Vaccination report Assam 1896-1927 - 1896-1927
Year: 1896
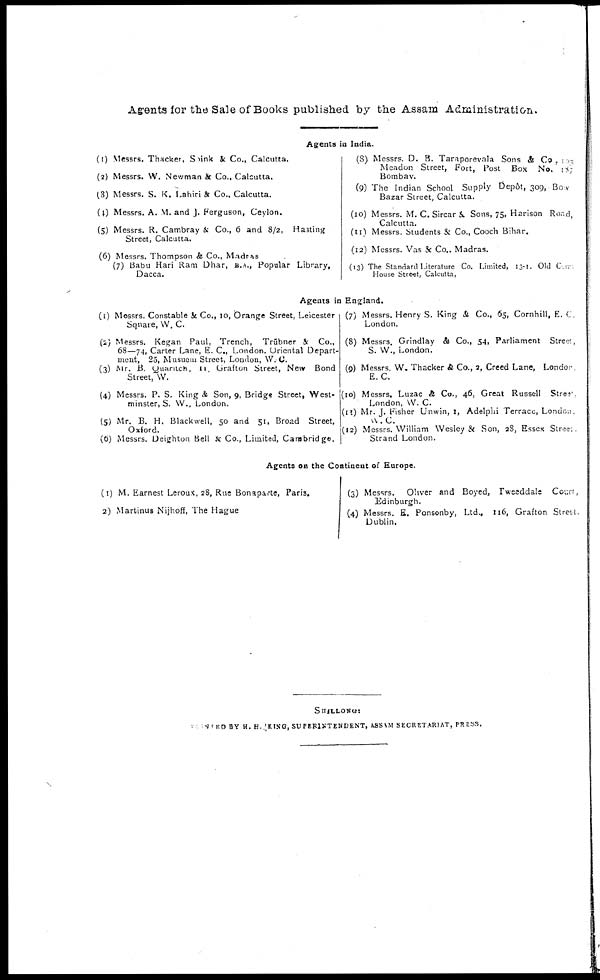
Agents for the Sale of Books published by the Assam Administration.
Agents in India.
(1) Messrs. Thacker, Soink & Co., Calcutta.
(2) Messrs. W. Newman & Co., Calcutta.
(3) Messrs. S. K. Lahiri & Co., Calcutta.
(4) Messrs. A. M. and J. Ferguson, Ceylon.
(5) Messrs. R. Cambray & Co., 6 and 8/2, Hasting
Street, Calcutta.
(6) Messrs. Thompson & Co., Madras
(7) Babu Hari Ram Dhar, B.A., Popular Library,
Dacca.
(8) Messrs. D. B. Taraporevala Sons & Co., 103
Meadon Street, Fort, Post Box No. 187
Bombay.
(9) The Indian School Supply Depôt, 309, Box
Bazar Street, Calcutta.
(10) Messrs. M. C. Sircar & Sons, 75, Harison Road,
Calcutta.
(11) Messrs. Students & Co., Cooch Bihar.
(12) Messrs. Vas & Co.. Madras.
(13) The Standard Literature Co. Limited, 13-1. Old Court
House Street, Calcutta,
Agents in England.
(1) Messrs. Constable & Co., 10, Orange Street, Leicester
Square, W. C.
(2) Messrs. Kegan Paul, Trench, Trübner & Co.,
68—74, Carter Lane, E. C.,London. Oriental Depart-
ment, 25, Musuem Street, London, W. C.
(3) Mr. B. Quaritch, 11, Grafton Street, New Bond
Street, W.
(4) Messrs. P. S. King & Son, 9, Bridge Street, West-
minster, S. W., London.
(5) Mr. B. H. Blackwell, 50 and 51, Broad Street,
Oxford.
(6) Messrs. Deighton Bell & Co, Limited, Cambridge.
(7) Messrs. Henry S. King & Co., 65, Cornhill, E. C
London.
(8) Messrs. Grindlay & Co., 54, Parliament Stree,
S. W., London.
(9) Messrs. W. Thacker & Co., 2, Creed Lane, London
E. C.
(10) Messrs. Luzac & Co., 46, Great Russell Stree
London, W. C.
(11) Mr. J. Fisher Unwin, 1, Adelphi Terrace, London.
W. C.
(12) Messrs. William Wesley & Son, 28, Essex Street.
Strand London.
Agents on the Continent of Europe.
(1) M. Earnest Leroux, 28, Rue Bonaparte, Paris.
(2) Martinus Nijhoff, The Hague
(3) Messrs. Oliver and Boyed, Tweeddale Court,
Edinburgh.
(4) Messrs. E. Ponsonby, Ltd., 116, Grafton Street,
Dublin.
SHILLONG:
PRINTED BY H.H.KING, SUPERINTENDENT, ASSAM SECRETARIAT, PRESS,